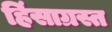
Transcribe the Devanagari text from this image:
हिंसाग्रस्त